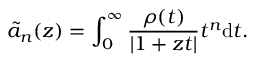
\tilde { a } _ { n } ( z ) = \int _ { 0 } ^ { \infty } \frac { \rho ( t ) } { | 1 + z t | } t ^ { n } \mathrm { d } t .